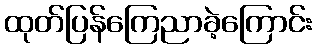
ထုတ်ပြန်ကြေညာခဲ့ကြောင်း